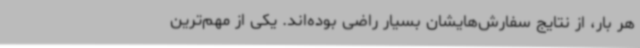
هر بار، از نتایج سفارش‌هایشان بسیار راضی بوده‌اند. یکی از مهم‌ترین